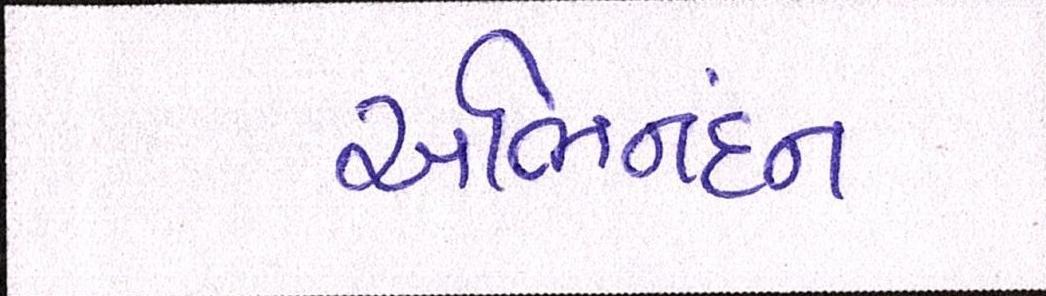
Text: અભિનંદન